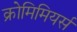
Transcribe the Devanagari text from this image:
क्रोमिमियर्स